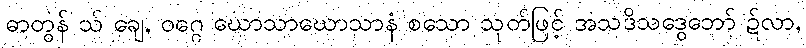
ဓာတွန် သ် ချေ, ဝဂ္ဂေ ဃောသာဃောသာနံ စသော သုတ်ဖြင့် အသဒိသဒွေဘော် ဍ်လာ,